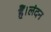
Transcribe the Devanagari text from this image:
हैं।लंदन